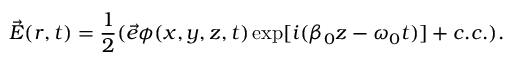
\vec { E } ( r , t ) = \frac { 1 } { 2 } ( \vec { e } \phi ( x , y , z , t ) \exp [ i ( \beta _ { 0 } z - \omega _ { 0 } t ) ] + c . c . ) .